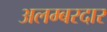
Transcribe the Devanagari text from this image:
अलम्बरदार